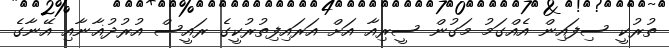
ތުރުކީ ސިފައިން އެއްގަމު މަގުން ސީރިއާ އަށް އަރައިފިތުރުކީގެ ރައީސް އުރުދުޣާނާއި އޭނާގެ